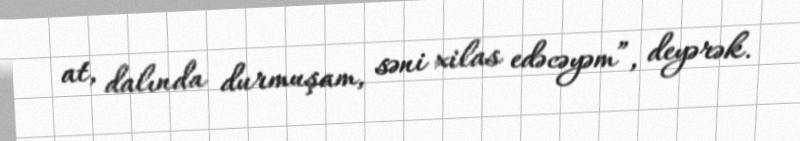
at, dalında durmuşam, səni xilas edəcəyəm”, deyərək.